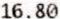
16.80